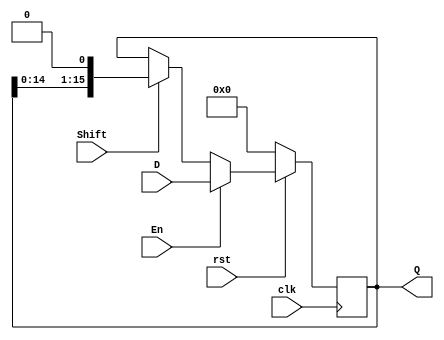
module shiftFF #(
parameter k = 16
)(
    input clk, 
    input rst,
    input [k-1:0]D,
    input En,
    input Shift, 
    output reg [k-1:0] Q
);
always @(posedge clk ) begin
    if(!rst)
        Q <= 0;
    else if(En)
        Q <= D;
    else if(Shift)
        Q <= Q << 1;
end

endmodule